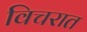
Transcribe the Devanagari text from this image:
विचरात